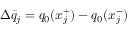
\Delta \bar { q } _ { j } = q _ { 0 } ( x _ { j } ^ { + } ) - q _ { 0 } ( x _ { j } ^ { - } )